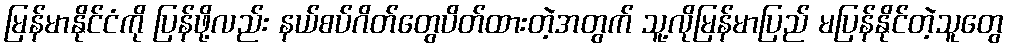
မြန်မာနိုင်ငံကို ပြန်ဖို့လည်း နယ်စပ်ဂိတ်တွေပိတ်ထားတဲ့အတွက် သူ့လိုမြန်မာပြည် မပြန်နိုင်တဲ့သူတွေ